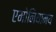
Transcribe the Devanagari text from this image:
एमोनियामय